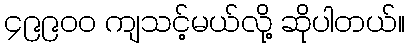
၄၉၉၀၀ ကျသင့်မယ်လို့ ဆိုပါတယ်။